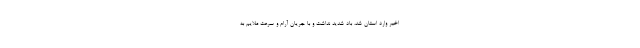
اخیر وارد استان شد، باد شدید نداشت و با جریان آرام و سرعت ملایم به